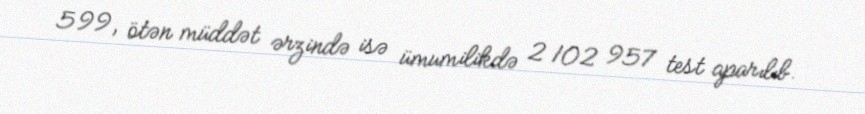
599, ötən müddət ərzində isə ümumilikdə 2 102 957 test aparılıb.